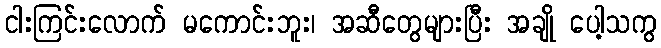
ငါးကြင်းလောက် မကောင်းဘူး၊ အဆီတွေများပြီး အချို ပေါ့သကွ